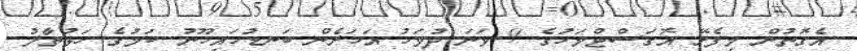
އެގޮތުން މިފެށޭ އޮގަސްޓްމަހުގެ 9 ވަނަ ދުވަހު އަހަރެން ބަނޑުހައިހޫނު ކަމުގެ ހަޅުތާލު